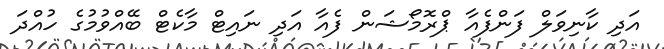
އަދި ކާނިވަލް ފަންފެއާ ޕްރޮމޯޝަން ފެއާ އަދި ނައިޓް މާކެޓް ބޭއްވުމުގެ ހުއްދަ